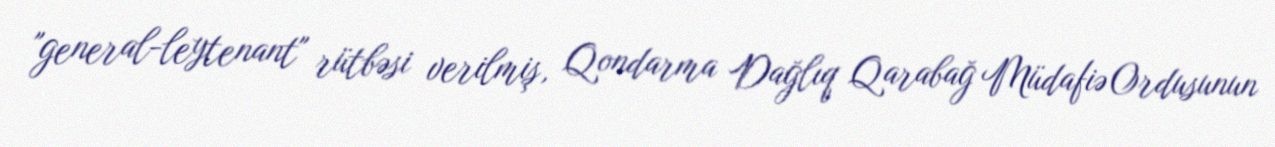
"general-leytenant" rütbəsi verilmiş, Qondarma Dağlıq Qarabağ Müdafiə Ordusunun